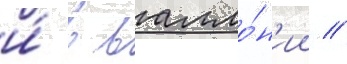
и́ в валло́н'ии //